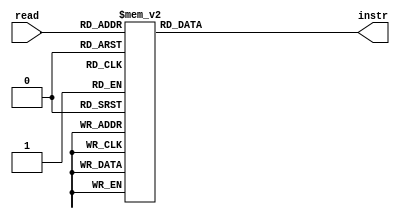
`timescale 1ns / 1ps
//////////////////////////////////////////////////////////////////////////////////
//////////////////////////////////////////////////////////////////////////////////
module Instr_Mem( read, instr );
   input[3:0] read;
	output reg[15:0] instr;
	
	always@(read)
		case(read)
			 0: instr = 16'h0120;
			 1: instr = 16'h8111; //Load value of register 1 into 1
			 2: instr = 16'h8111;
			 3: instr = 16'h8222; //Load value of 2 into 2
			 4: instr = 16'h8222;
			 5: instr = 16'h8440; //load 1 for sub
			 6: instr = 16'h8440; 
			 7: instr = 16'h0120;
			 8: instr = 16'h0340; //check the value
			 9: instr = 16'h2133; //add 
			10: instr = 16'h6242; //subtract 1
			11: instr = 16'hE287; //check if its 1
			12: instr = 16'h0120;
			13: instr = 16'h0330;
			14: instr = 16'h0330;
			15: instr = 16'h0330;
			default: instr = 50;
		endcase
endmodule